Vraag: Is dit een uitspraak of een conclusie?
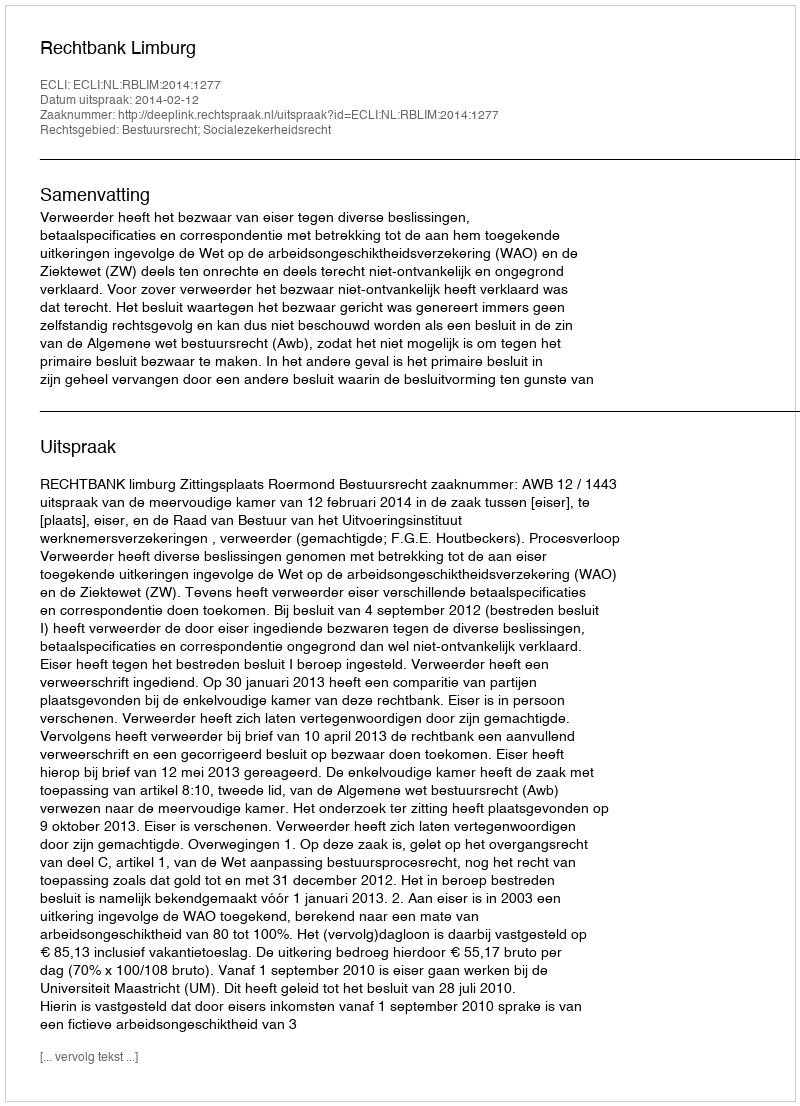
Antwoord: Uitspraak